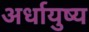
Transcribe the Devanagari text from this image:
अर्धायुष्य